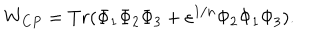
LaTeX: W _ { C P } = T r ( \Phi _ { 1 } \Phi _ { 2 } \Phi _ { 3 } + \varepsilon ^ { 1 / n } \Phi _ { 2 } \Phi _ { 1 } \Phi _ { 3 } ) .